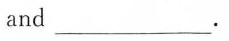
and___.